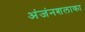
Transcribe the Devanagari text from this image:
अंजंनशलाका